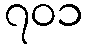
၇၀၁